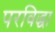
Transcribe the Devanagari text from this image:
परविद्धा